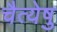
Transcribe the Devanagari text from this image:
चैत्येषु